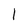
Character: l